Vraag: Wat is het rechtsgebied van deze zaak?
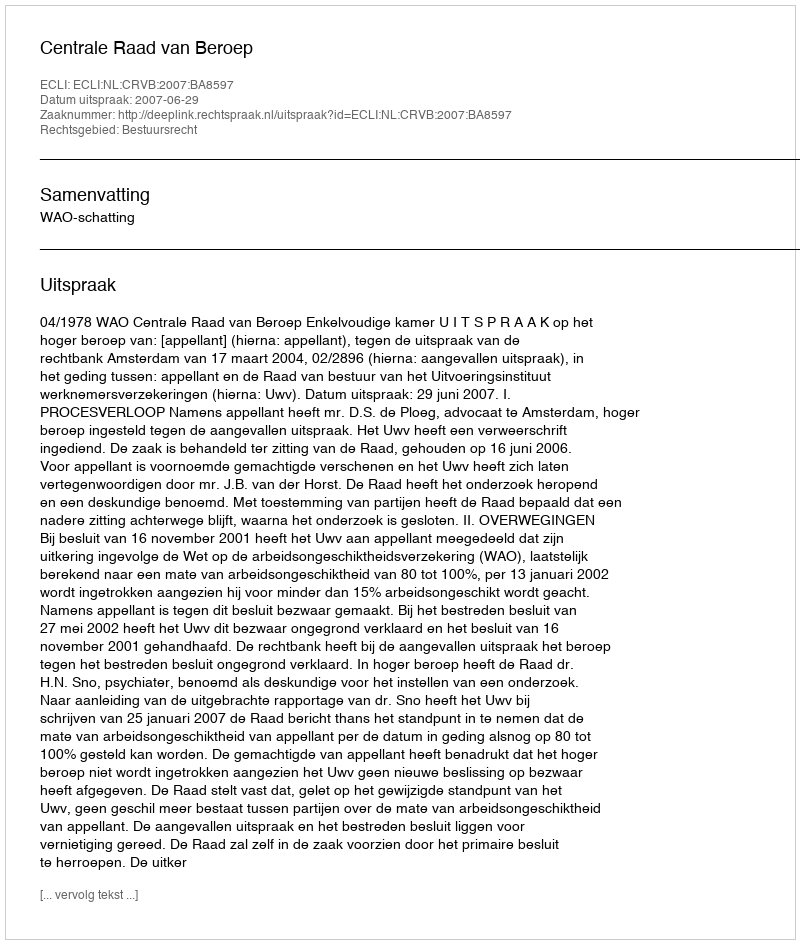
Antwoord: Bestuursrecht